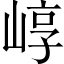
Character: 崞